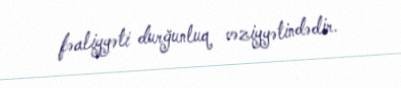
fəaliyyəti durğunluq vəziyyətindədir.